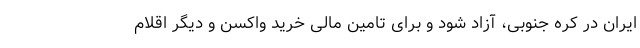
ایران در کره جنوبی، آزاد شود و برای تامین مالی خرید واکسن و دیگر اقلام